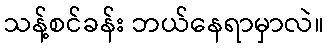
သန့်စင်ခန်း ဘယ်နေရာမှာလဲ။